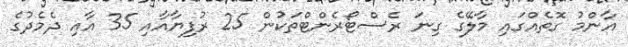
އާންމު ގޮތެއްގައި މާލޭގެ ގިނަ ރެސްޓޯރެންޓްތަކުން 25 ރުފިޔާއާއި 35 އާއި ދެމެދުގެ